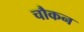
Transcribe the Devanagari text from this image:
चौकन